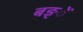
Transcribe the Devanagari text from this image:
बङ्ें